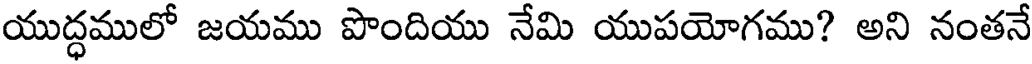
యుద్ధములో జయము పొందియు నేమి యుపయోగము? అని నంతనే